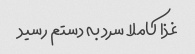
غذا کاملا سرد به دستم رسید